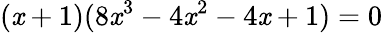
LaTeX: (\mathit{x}+1)(8\mathit{x}^{3}-4\mathit{x}^{2}-4\mathit{x}+1)=0